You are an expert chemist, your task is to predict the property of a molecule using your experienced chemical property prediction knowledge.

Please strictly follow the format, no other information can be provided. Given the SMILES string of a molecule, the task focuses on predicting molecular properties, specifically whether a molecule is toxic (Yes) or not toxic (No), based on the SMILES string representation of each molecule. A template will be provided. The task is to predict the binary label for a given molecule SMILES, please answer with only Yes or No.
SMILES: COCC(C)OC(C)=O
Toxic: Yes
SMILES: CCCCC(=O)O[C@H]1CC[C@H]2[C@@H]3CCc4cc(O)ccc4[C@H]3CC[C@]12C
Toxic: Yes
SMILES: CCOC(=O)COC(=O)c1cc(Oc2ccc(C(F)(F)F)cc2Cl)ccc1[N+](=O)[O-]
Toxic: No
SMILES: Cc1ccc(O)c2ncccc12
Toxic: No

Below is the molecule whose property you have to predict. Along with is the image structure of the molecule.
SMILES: CCOC(=O)O[C@]1(C(=O)COC(=O)CC)CC[C@H]2[C@@H]3CCC4=CC(=O)C=C[C@]4(C)[C@H]3[C@@H](O)C[C@@]21C
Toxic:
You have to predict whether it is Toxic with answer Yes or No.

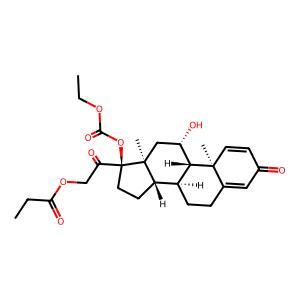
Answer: Yes